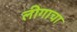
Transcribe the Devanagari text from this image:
लीगाचा